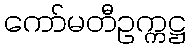
ကော်မတီဥက္ကဋ္ဌ